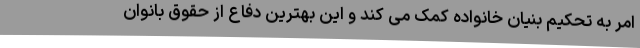
امر به تحکیم بنیان خانواده کمک می کند و این بهترین دفاع از حقوق بانوان